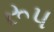
રૂપ